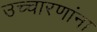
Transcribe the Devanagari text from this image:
उच्चारणांना